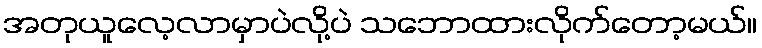
အတုယူလေ့လာမှာပဲလို့ပဲ သဘောထားလိုက်တော့မယ်။